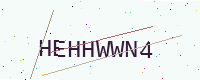
Text: HEHHWWN4